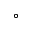
^ { \circ }